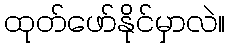
ထုတ်ဖော်နိုင်မှာလဲ။